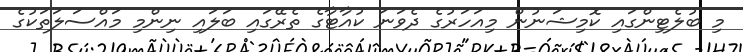
މި ބުލެޓިންގައި ކޮމިޝަނުން މިއަހަރުގެ ދެވަނަ ކުއާޓާގެ ތެރޭގައި ބަލައި ނިންމި މައްސަލަތަކުގެ